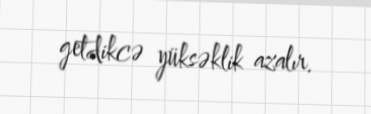
getdikcə yüksəklik azalır.